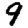
Digit: 9